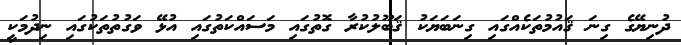
ދުނިޔޭގެ ގިނަ ޤައުމުތަކެއްގައި ގިނަބަޔަކު ޤަބޫލުކުރާ ގޮތުގައި މަސައްކަތުގައި އުޅޭ ވަގުތުތަކުގައި ނިދުމަކީ